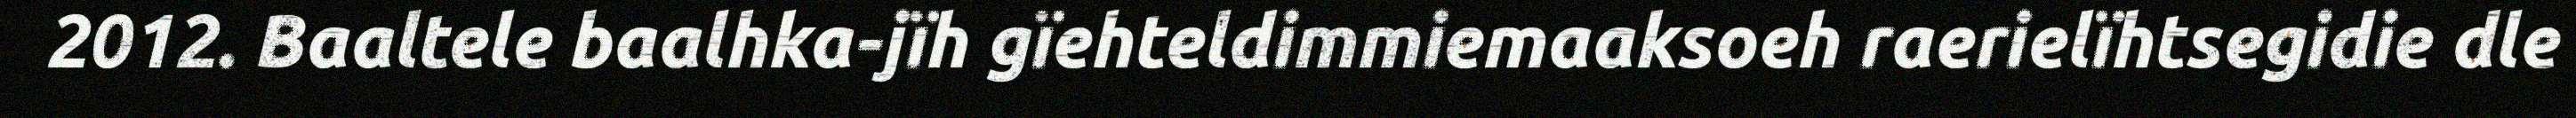
2012. Baaltele baalhka-jïh gïehteldimmiemaaksoeh raerielïhtsegidie dle